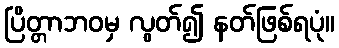
ပြိတ္တာဘဝမှ လွတ်၍ နတ်ဖြစ်ရပုံ။